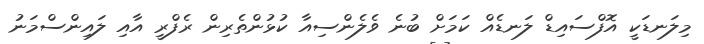
މިލަނޑަކީ އޮފްސައިޑް ލަނޑެއް ކަމަށް ބުނެ ވެލެންސިއާ ކުޅުންތެރިން ރެފްރީ އާއި ލައިންސްމަނު